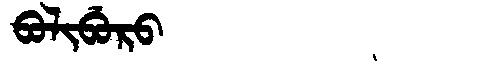
Manchu: ᠪᠣᠯᡳᠪᡠᡵᠣ
Romanization: BOLIBURO